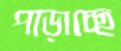
পাড়াচ্ছে